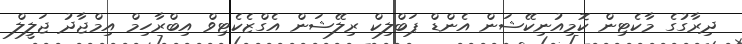
ދިރާގުގެ މާކެޓިން ކޮމިއުނިކޭޝަން އެންޑް ޕަބްލިކް ރިލޭޝަން އެގްޒެކެޓިވް އިބްރާހިމް އިމްޖާދު ޖަލީލް